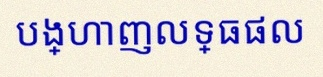
បង្ហាញលទ្ធផល